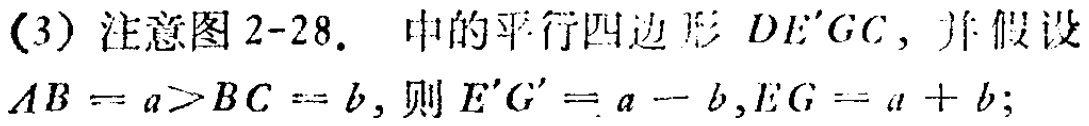
(3) 注意图 2-28. 中的平行四边形 \(DE'GC\)，并假设 \(AB = a>BC = b\)，则 \(E'G' = a - b,EG = a + b\);